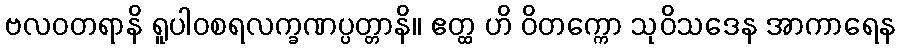
ဗလဝတရာနိ ရူပါဝစရလက္ခဏပ္ပတ္တာနိ။ ဧတ္ထ ဟိ ဝိတက္ကော သုဝိသဒေန အာကာရေန